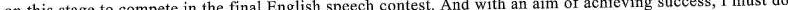
on this stage to compete in the final English speech contest. And with an aim of achieving success, I must do